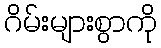
ဂိမ်းများစွာကို